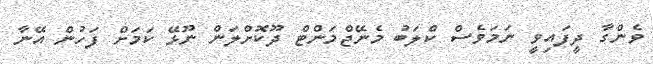
ވެންގާ ދީފައިވީ ނަމަވެސް ކްލަބު މެނޭޖްމަންޓް ދޫކޮށްލަން ނޫޅޭ ކަމަށް ފަހުން އޭނާ